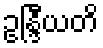
ဥန္ဒြီယတိ